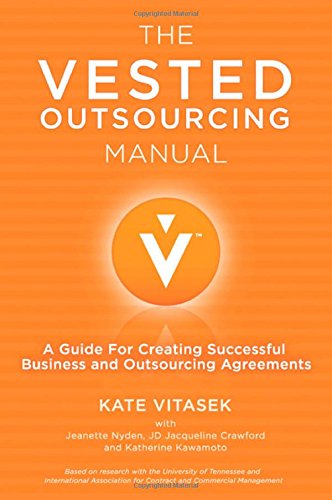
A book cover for The Vested Outsourcing Manual: A Guide for Creating Successful Business and Outsourcing Agreements; Kate Vitasek; Business & Money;